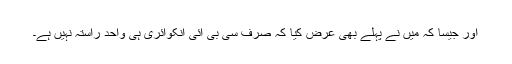
اور جیسا کہ میں نے پہلے بھی عرض کیا کہ صرف سی بی آئی انکوائری ہی واحد راستہ نہیں ہے۔